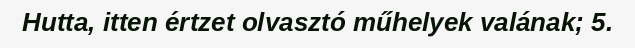
Hutta, itten értzet olvasztó műhelyek valának; 5.